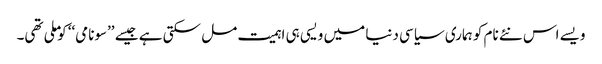
ویسے اس نئے نام کو ہماری سیاسی دنیا میں ویسی ہی اہمیت مل سکتی ہے جیسے ’’سونامی‘‘ کو ملی تھی۔